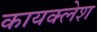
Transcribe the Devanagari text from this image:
कायक्लेश